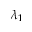
\lambda _ { 1 }